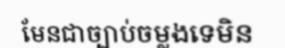
មែនជាច្បាប់ចម្លងទេមិន